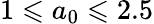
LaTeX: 1\leqslant a_{0}\leqslant 2.5